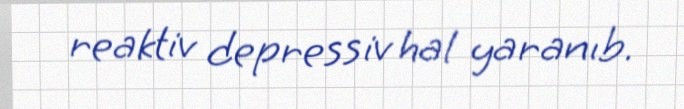
reaktiv depressiv hal yaranıb.